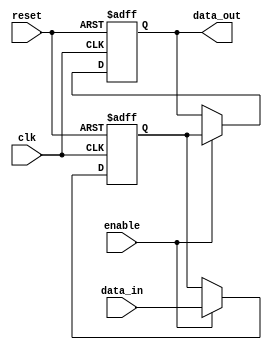
module Buffer_Delay (
    input wire clk,
    input wire reset,
    input wire enable,
    input wire [7:0] data_in,
    output reg [7:0] data_out
);

reg [7:0] buffer;

always @(posedge clk or posedge reset) begin
    if (reset) begin
        buffer <= 8'h00;
        data_out <= 8'h00;
    end else if (enable) begin
        buffer <= data_in;
        data_out <= buffer;
    end
end

endmodule